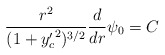
\begin{align*}\frac{r^2}{(1+{y_c^{\prime}}^2)^{3/2}}\frac{d}{dr}\psi_0 = C\end{align*}